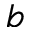
^ b